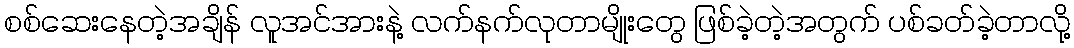
စစ်ဆေးနေတဲ့အချိန် လူအင်အားနဲ့ လက်နက်လုတာမျိုးတွေ ဖြစ်ခဲ့တဲ့အတွက် ပစ်ခတ်ခဲ့တာလို့